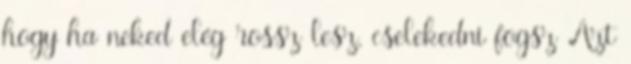
hogy ha neked elég rossz lesz, cselekedni fogsz Azt